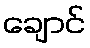
ချောင်